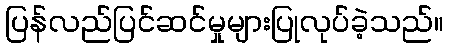
ပြန်လည်ပြင်ဆင်မှုများပြုလုပ်ခဲ့သည်။